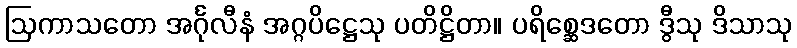
ဩကာသတော အင်္ဂုလီနံ အဂ္ဂပိဋ္ဌေသု ပတိဋ္ဌိတာ။ ပရိစ္ဆေဒတော ဒွီသု ဒိသာသု